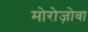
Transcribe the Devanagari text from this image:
मोरोज़ोवा